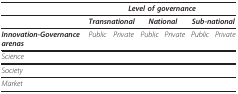
<table><thead><tr><td></td><td colspan="6"><b><i>Level of governance</i></b></td></tr></thead><tbody><tr><td></td><td colspan="2"><b><i>Transnational</i></b></td><td colspan="2"><b><i>National</i></b></td><td colspan="2"><b><i>Sub-national</i></b></td></tr><tr><td><b><i>Innovation-Governance arenas</i></b></td><td><i>Public</i></td><td><i>Private</i></td><td><i>Public</i></td><td><i>Private</i></td><td><i>Public</i></td><td><i>Private</i></td></tr><tr><td><i>Science</i></td><td></td><td></td><td></td><td></td><td></td><td></td></tr><tr><td><i>Society</i></td><td></td><td></td><td></td><td></td><td></td><td></td></tr><tr><td><i>Market</i></td><td></td><td></td><td></td><td></td><td></td><td></td></tr></tbody></table>